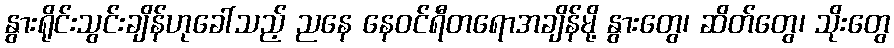
နွားရိုင်းသွင်းချိန်ဟုခေါ်သည့် ညနေ နေဝင်ရီတရောအချိန်မို့ နွားတွေ၊ ဆိတ်တွေ၊ သိုးတွေ